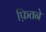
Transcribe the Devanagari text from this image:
फ़ितने